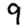
Digit: 9